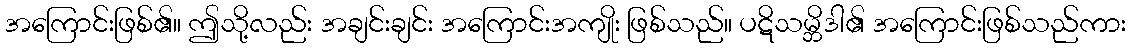
အကြောင်းဖြစ်၏။ ဤသို့လည်း အချင်းချင်း အကြောင်းအကျိုး ဖြစ်သည်။ ပဋိသမ္ဘိဒါ၏ အကြောင်းဖြစ်သည်ကား